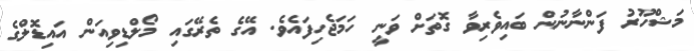
މަޝްހޫރު ފަންނާނުން ބައިވެރިވާ ގޮތަށް ވަނީ ހަމަޖެހިފައެވެ. އޭގެ ތެރޭގައި މޯލްޑިވިއަން އައިޑޮލްގެ